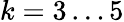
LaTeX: k=3\ldots 5